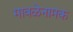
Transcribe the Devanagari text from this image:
मावळेनामक